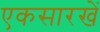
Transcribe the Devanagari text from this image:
एकसारखें